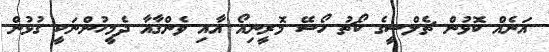
އަނެއް ކޮޅުން ޗެލްސީގެ ކޯޗު ހޯސޭ މޮރީނިއޯ އާއި ވެންގާއާ ދެމީހުންނަކީ ގުޅުން